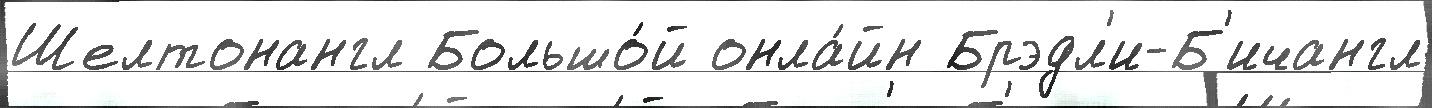
Шелтонангл Большо́й онла́йн Брэдл'и-Б'ичангл